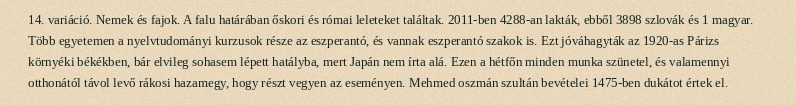
14. variáció. Nemek és fajok. A falu határában őskori és római leleteket találtak. 2011-ben 4288-an lakták, ebből 3898 szlovák és 1 magyar. Több egyetemen a nyelvtudományi kurzusok része az eszperantó, és vannak eszperantó szakok is. Ezt jóváhagyták az 1920-as Párizs környéki békékben, bár elvileg sohasem lépett hatályba, mert Japán nem írta alá. Ezen a hétfőn minden munka szünetel, és valamennyi otthonától távol levő rákosi hazamegy, hogy részt vegyen az eseményen. Mehmed oszmán szultán bevételei 1475-ben dukátot értek el.